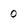
Character: 0